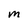
Character: M